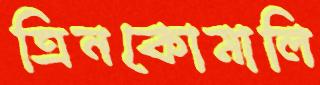
ত্রিনকোমালি